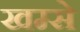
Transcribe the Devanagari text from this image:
खम्से